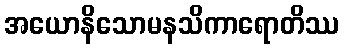
အယောနိသောမနသိကာရောတိဿ